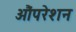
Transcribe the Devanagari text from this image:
औंपरेशन